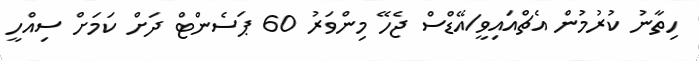
ހިތާނު ކުރުމުން އެޗްއައިވީ/އޭޑްސް ޖެހޭ މިންވަރު 60 ޕަސެންޓް ދަށް ކަމަށް ސިއްހީ